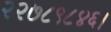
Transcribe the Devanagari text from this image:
२२७८९८४६।